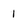
Character: 1